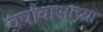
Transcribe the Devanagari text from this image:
वर्षावासाच्या